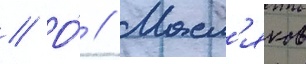
// О́ // Масл'яков